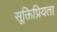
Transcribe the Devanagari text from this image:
सूक्तिप्रियता